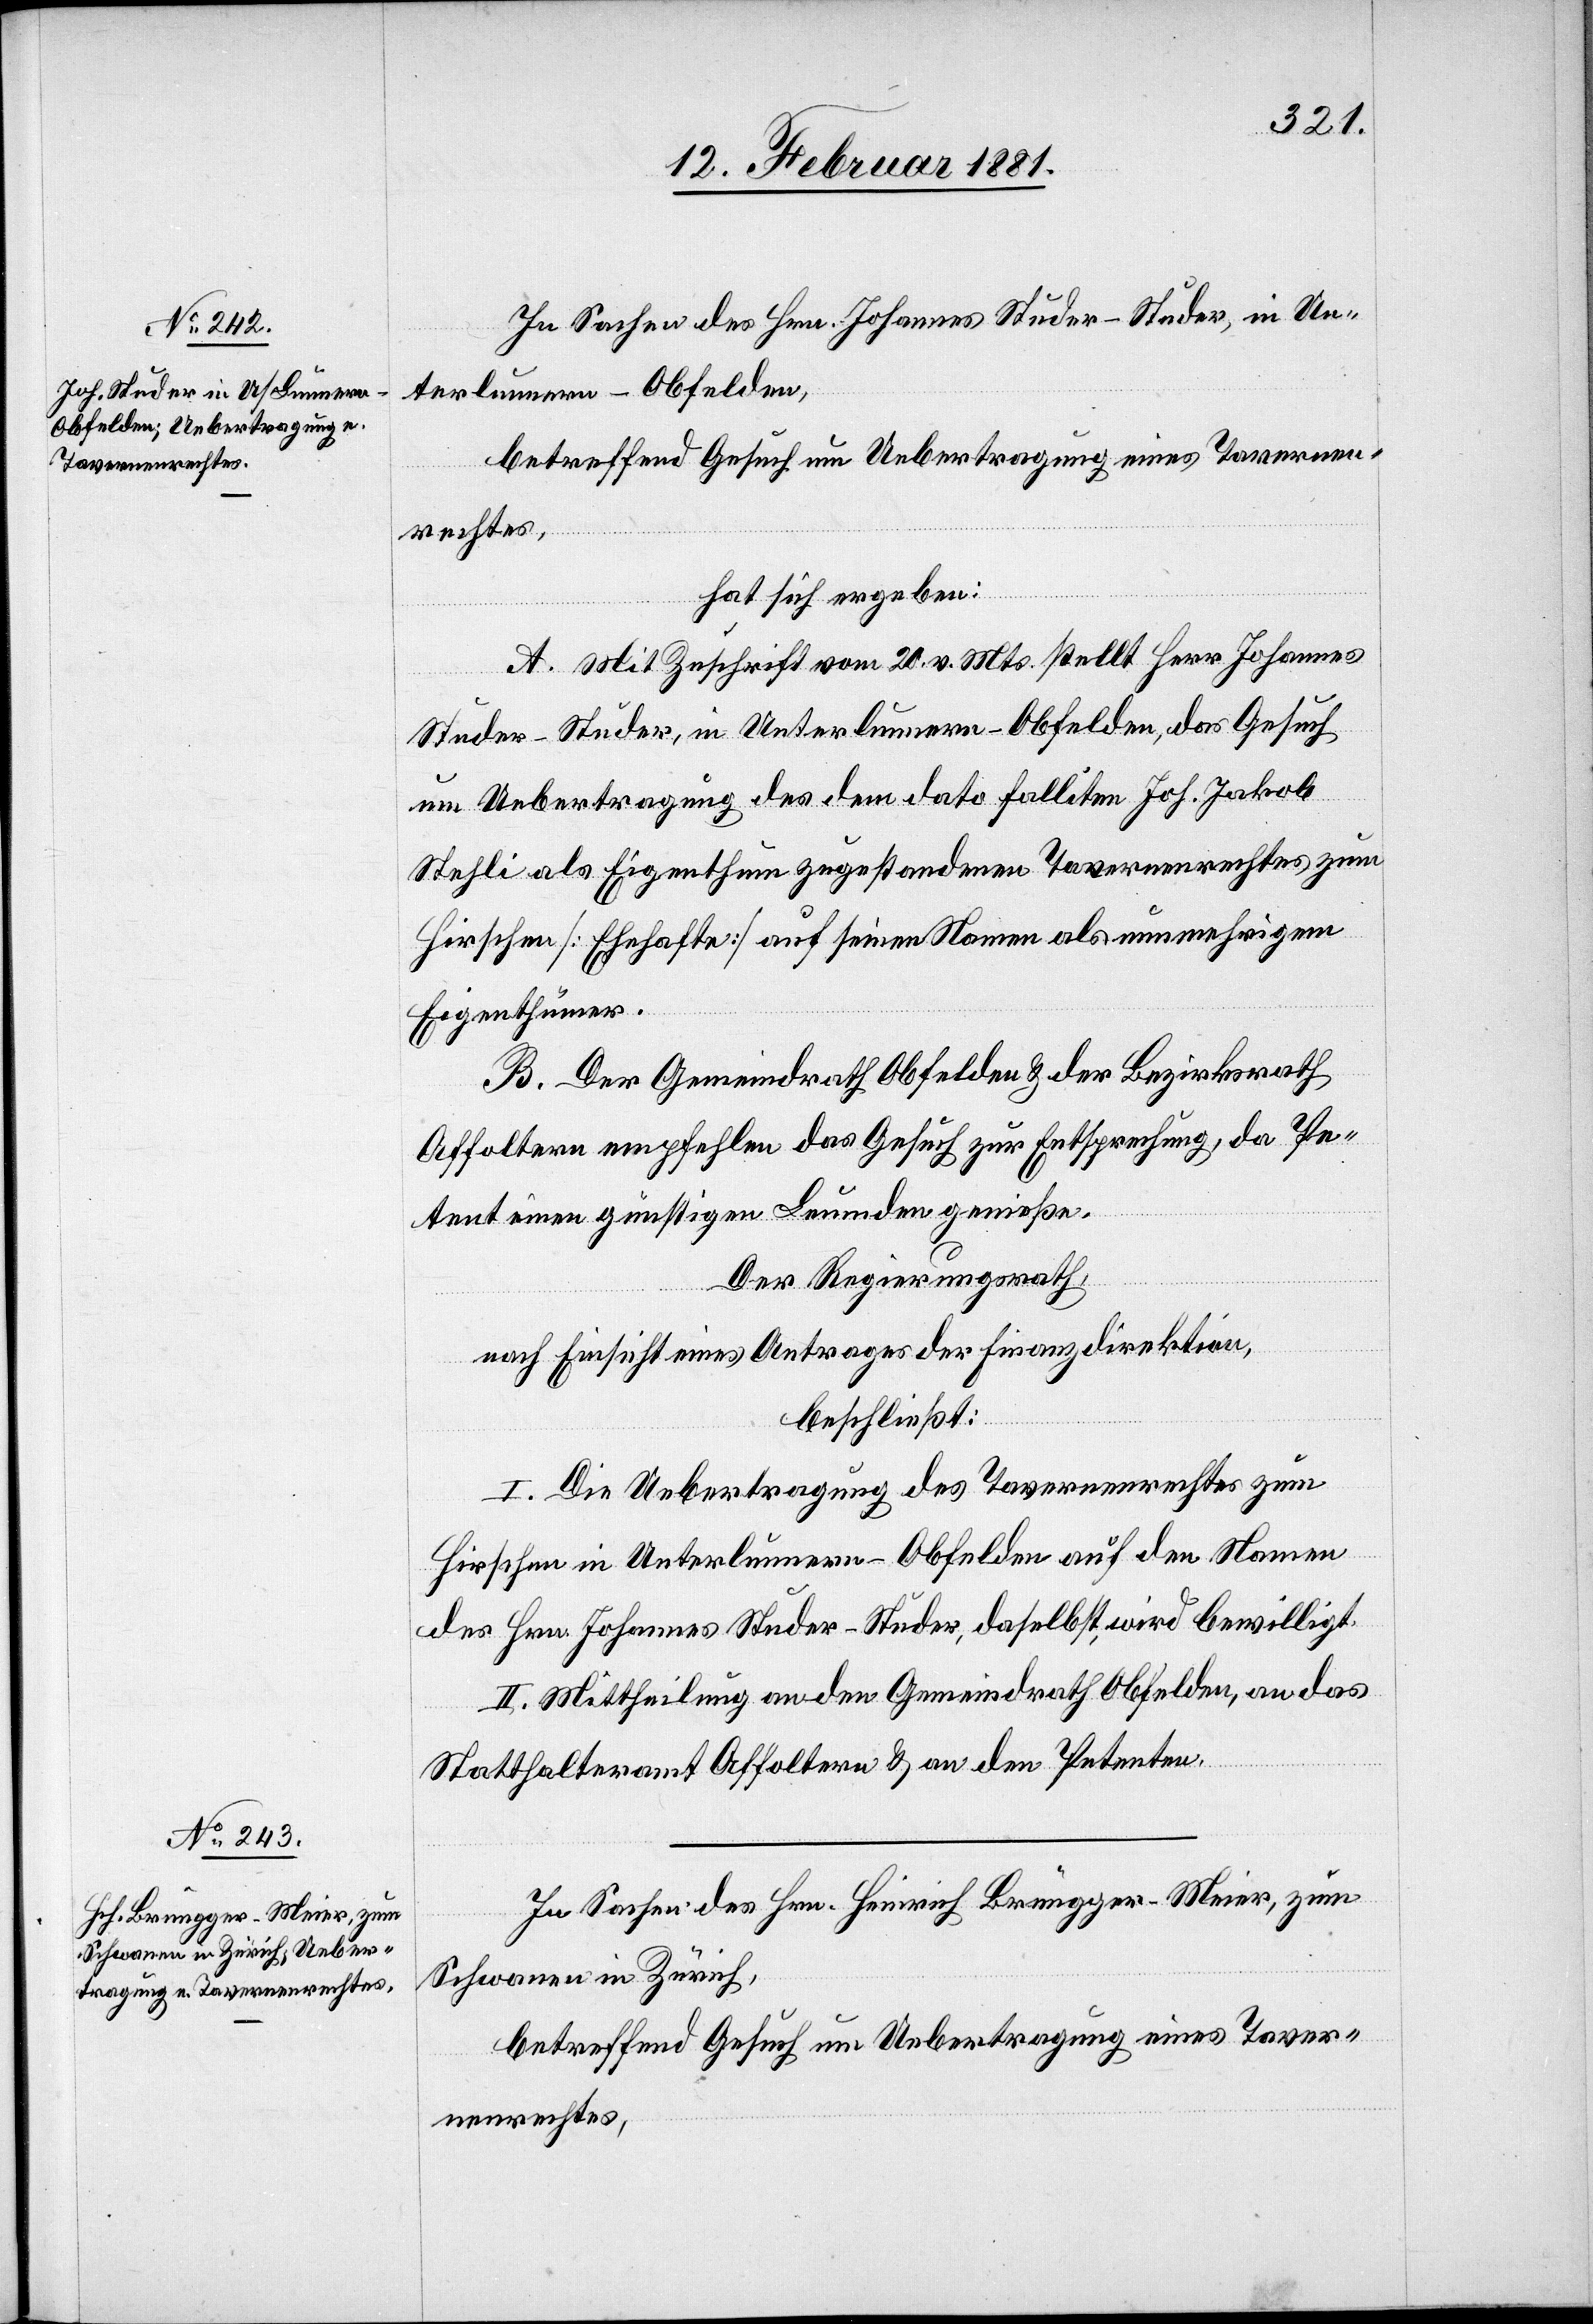
In Sachen des Hrn. Johannes Studer-Studer, in Un¬
terlumern - Obfelden,
betreffend Gesuch um Uebertragung eines Tavernen¬
rechtes,
hat sich ergeben:
A. Mit Zuschrift vom 20. v. Mts. stellt Herr Johannes
Studer-Studer, in Unterlumern - Obfelden, das Gesuch
um Uebertragung des dem dato falliten Joh. Jakob
Stehli als Eigenthum zugestandenen Tavernenrechtes zum
Hirschen [Ehehafte] auf seinen Namen als nunmehrigem
Eigenthümer.
B. Der Gemeindrath Obfelden & der Bezirksrath
Affoltern empfehlen das Gesuch zur Entsprechung, da Pe¬
tent einen günstigen Leumden genieße.
Der Regierungsrath,
nach Einsicht eines Antrages der Finanzdirektion,
beschließt:
I. Die Uebertragung des Tavernenrechtes zum
Hirschen in Unterlumern - Obfelden auf den Namen
des Johannes Studer-Studer, daselbst, wird bewilligt.
II. Mittheilung an den Gemeindrath Obfelden, an das
Statthalteramt Affoltern & an den Petenten.
In Sachen des Hrn. Heinrich Brüngger-Meier, zum
Schwanen in Zürich,
betreffend Gesuch um Uebertragung eines Taver¬
nenrechtes,